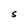
Character: S